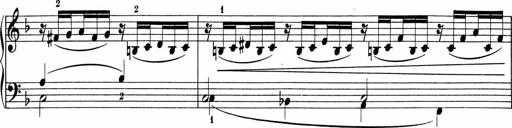
Title: 5 Sonatinen fÃ¼r die Jugend
Composer: Carl Reinecke